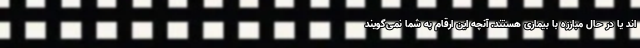
اند یا در حال مبارزه با بیماری هستند. آنچه این ارقام به شما نمی‌گویند